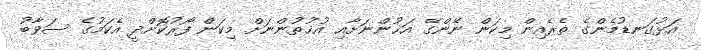
އަޅުގަނޑުމެންގެ ތެރެއިން މިކަން ނޭންގޭ އަޚުންނަށާއި އުޚުތުންނަށް މިކަން ފޯރުކޮށްދީ އެކަމުގެ ސަވާބު